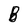
Character: B